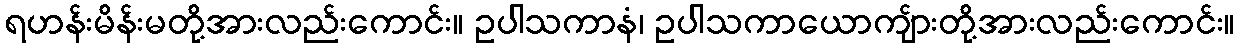
ရဟန်းမိန်းမတို့အားလည်းကောင်း။ ဥပါသကာနံ၊ ဥပါသကာယောကျ်ားတို့အားလည်းကောင်း။